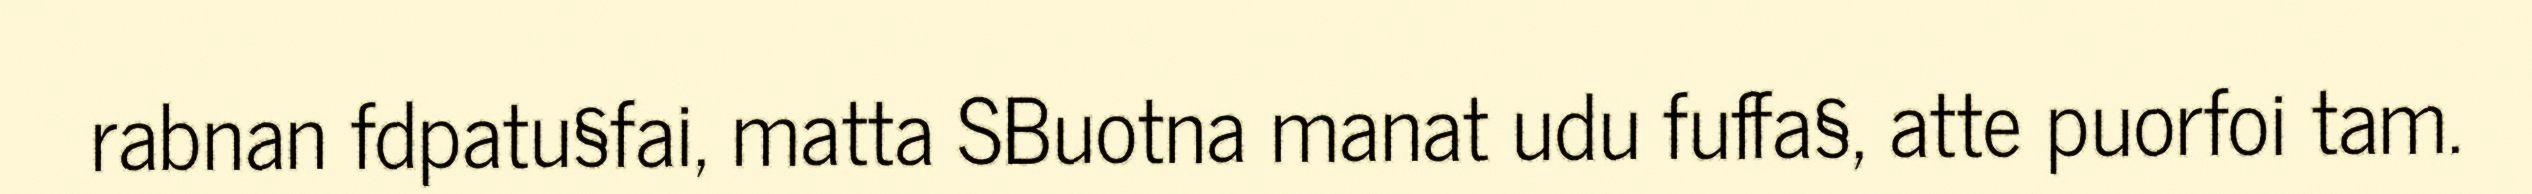
rabnan fdpatu§fai, matta SBuotna manat udu fuffa§, atte puorfoi tam.